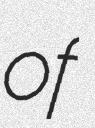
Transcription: of